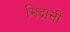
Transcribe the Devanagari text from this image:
मिद्रासी